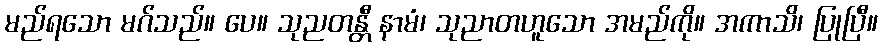
မည်ရသော မဂ်သည်။ ပေ။ သုညတန္တီ နာမံ၊ သုညာတဟူသော အမည်ကို။ အကာသိ၊ ပြုပြီ။